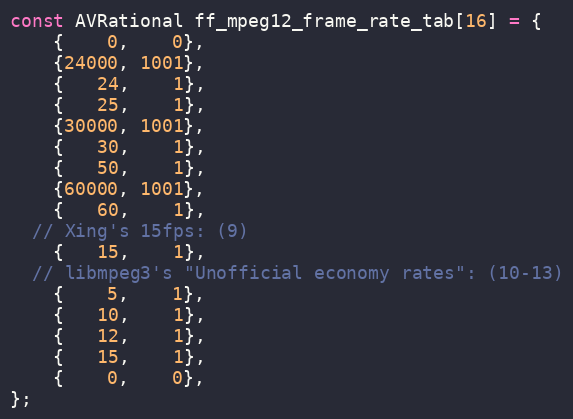
Language: C
const AVRational ff_mpeg12_frame_rate_tab[16] = {
    {    0,    0},
    {24000, 1001},
    {   24,    1},
    {   25,    1},
    {30000, 1001},
    {   30,    1},
    {   50,    1},
    {60000, 1001},
    {   60,    1},
  // Xing's 15fps: (9)
    {   15,    1},
  // libmpeg3's "Unofficial economy rates": (10-13)
    {    5,    1},
    {   10,    1},
    {   12,    1},
    {   15,    1},
    {    0,    0},
};